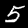
Digit: 5